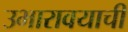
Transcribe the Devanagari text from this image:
उभारावयाची